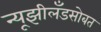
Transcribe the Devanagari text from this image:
न्यूझीलँडसोबत